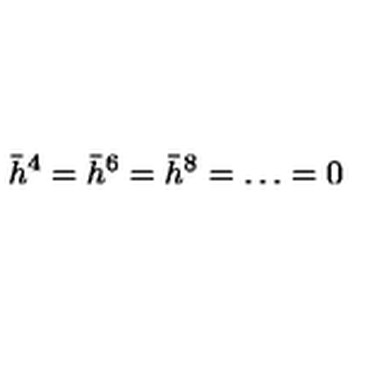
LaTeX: \bar { h } ^ { 4 } = \bar { h } ^ { 6 } = \bar { h } ^ { 8 } = \ldots = 0